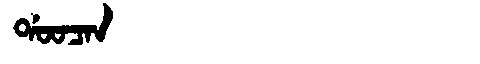
Manchu: ᡩᠣᠣᠴᠠᠨ
Romanization: DOOCAN